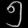
Digit: ၅